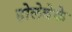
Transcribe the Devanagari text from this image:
होलेबेके